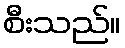
စီးသည်။